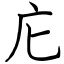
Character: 庀